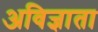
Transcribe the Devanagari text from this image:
अविज्ञाता